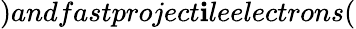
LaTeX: )andfastproject\mathbf{i}leelectrons(